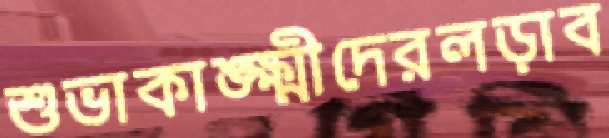
শুভাকাঙ্ক্ষ্মীদেরলড়াব